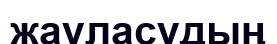
жауласудың